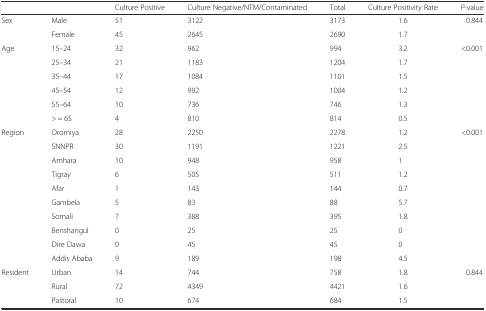
<table><thead><tr><td></td><td></td><td><b>Culture Positive</b></td><td><b>Culture Negative/NTM/Contaminated</b></td><td><b>Total</b></td><td><b>Culture Positivity Rate</b></td><td><b><i>P</i>-value</b></td></tr></thead><tbody><tr><td>Sex</td><td>Male</td><td>51</td><td>3122</td><td>3173</td><td>1.6</td><td>0.844</td></tr><tr><td></td><td>Female</td><td>45</td><td>2645</td><td>2690</td><td>1.7</td><td></td></tr><tr><td>Age</td><td>15–24</td><td>32</td><td>962</td><td>994</td><td>3.2</td><td>&lt;0.001</td></tr><tr><td></td><td>25–34</td><td>21</td><td>1183</td><td>1204</td><td>1.7</td><td></td></tr><tr><td></td><td>35–44</td><td>17</td><td>1084</td><td>1101</td><td>1.5</td><td></td></tr><tr><td></td><td>45–54</td><td>12</td><td>992</td><td>1004</td><td>1.2</td><td></td></tr><tr><td></td><td>55–64</td><td>10</td><td>736</td><td>746</td><td>1.3</td><td></td></tr><tr><td></td><td>&gt; = 65</td><td>4</td><td>810</td><td>814</td><td>0.5</td><td></td></tr><tr><td>Region</td><td>Oromiya</td><td>28</td><td>2250</td><td>2278</td><td>1.2</td><td>&lt;0.001</td></tr><tr><td></td><td>SNNPR</td><td>30</td><td>1191</td><td>1221</td><td>2.5</td><td></td></tr><tr><td></td><td>Amhara</td><td>10</td><td>948</td><td>958</td><td>1</td><td></td></tr><tr><td></td><td>Tigray</td><td>6</td><td>505</td><td>511</td><td>1.2</td><td></td></tr><tr><td></td><td>Afar</td><td>1</td><td>143</td><td>144</td><td>0.7</td><td></td></tr><tr><td></td><td>Gambela</td><td>5</td><td>83</td><td>88</td><td>5.7</td><td></td></tr><tr><td></td><td>Somali</td><td>7</td><td>388</td><td>395</td><td>1.8</td><td></td></tr><tr><td></td><td>Benshangul</td><td>0</td><td>25</td><td>25</td><td>0</td><td></td></tr><tr><td></td><td>Dire Dawa</td><td>0</td><td>45</td><td>45</td><td>0</td><td></td></tr><tr><td></td><td>Addis Ababa</td><td>9</td><td>189</td><td>198</td><td>4.5</td><td></td></tr><tr><td>Resident</td><td>Urban</td><td>14</td><td>744</td><td>758</td><td>1.8</td><td>0.844</td></tr><tr><td></td><td>Rural</td><td>72</td><td>4349</td><td>4421</td><td>1.6</td><td></td></tr><tr><td></td><td>Pastoral</td><td>10</td><td>674</td><td>684</td><td>1.5</td><td></td></tr></tbody></table>